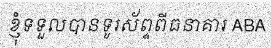
ខ្ញុំទទួលបានទូរស័ព្ទពីធនាគារ ABA